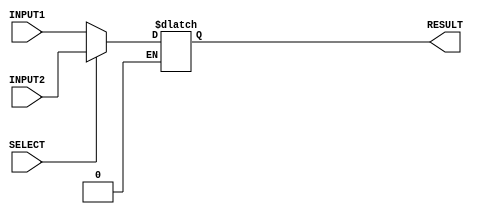
module mux_2to1_8bits(RESULT, INPUT1, INPUT2, SELECT);

	input [7:0] INPUT1, INPUT2;		// 8-bits inputs 
	input SELECT;				// selection pin
	output reg [7:0] RESULT;		// 8-bits output

	always @(*) 
	begin		
		
		if( SELECT == 1'b1 )		// SELECT == 1'b1
			
			RESULT = INPUT2 ;

		else if( SELECT == 1'b0 )			// SELECT = 1'b0

			RESULT = INPUT1 ;

	
	end	

endmodule